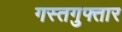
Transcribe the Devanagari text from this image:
गस्तगुफ्तार